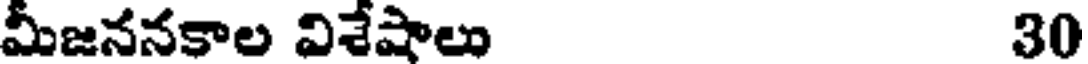
మీజననకాల విశేషాలు 30